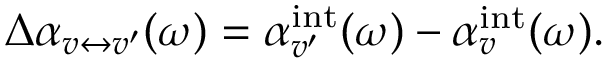
\Delta \alpha _ { v \leftrightarrow v ^ { \prime } } ( \omega ) = \alpha _ { v ^ { \prime } } ^ { \mathrm { i n t } } ( \omega ) - \alpha _ { v } ^ { \mathrm { i n t } } ( \omega ) .